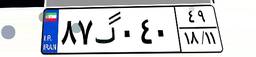
۸۷گ۰۴۰۴۹